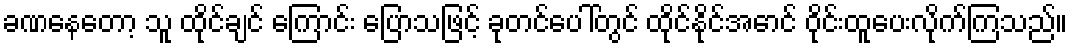
ခဏနေတော့ သူ ထိုင်ချင် ကြောင်း ပြောသဖြင့် ခုတင်ပေါ်တွင် ထိုင်နိုင်အောင် ဝိုင်းထူပေးလိုက်ကြသည်။